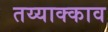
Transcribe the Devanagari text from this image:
तय्याक्काव